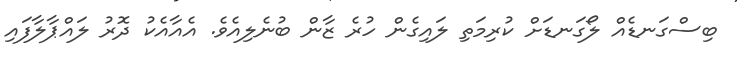
ބިސްގަނޑެއް ލޯގަނޑަށް ކުރިމަތި ލައިގެން ހުރެ ޒާން ބުނެލިއެވެ. އެއާއެކު ދޮރު ލައްޕާލާފައި